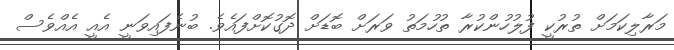
މަރާލިކަމަށް ތުރުކީ ފުލުހުންކުރާ ތުހުމަތު ވަރަށް ބޮޑަށް ދޮގުކޮށްފައެވެ. ބުނެފައިވަނީ އެއީ އެއްވެސް